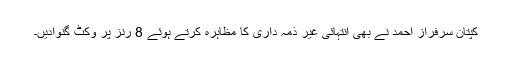
کپتان سرفراز احمد نے بھی انتہائی غیر ذمہ داری کا مظاہرہ کرتے ہوئے 8 رنز پر وکٹ گنوادیں۔